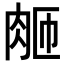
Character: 𬚴